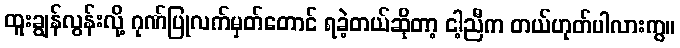
ထူးချွန်လွန်းလို့ ဂုဏ်ပြုလက်မှတ်တောင် ရခဲ့တယ်ဆိုတာ့ ငါ့ညီက တယ်ဟုတ်ပါလားကွ။